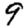
Digit: 9